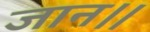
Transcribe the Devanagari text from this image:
जान।।